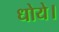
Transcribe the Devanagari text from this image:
धोये।